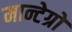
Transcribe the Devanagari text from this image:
मान्टेग्रो